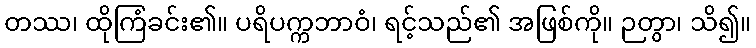
တဿ၊ ထိုကြံခင်း၏။ ပရိပက္ကဘာဝံ၊ ရင့်သည်၏ အဖြစ်ကို။ ဉတွာ၊ သိ၍။